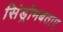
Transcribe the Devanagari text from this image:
सिंड्रोमबताए